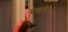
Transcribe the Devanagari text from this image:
बव्हारियाचा